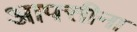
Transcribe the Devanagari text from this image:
आपत्तीना